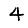
Digit: 4